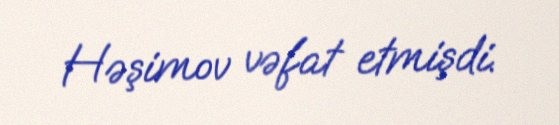
Həşimov vəfat etmişdi.